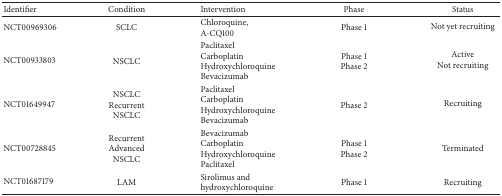
<table><thead><tr><td><b>Identifier</b></td><td><b>Condition</b></td><td><b>Intervention</b></td><td><b>Phase</b></td><td><b>Status</b></td></tr></thead><tbody><tr><td>NCT00969306</td><td>SCLC</td><td>Chloroquine, A-CQ100</td><td>Phase 1</td><td>Not yet recruiting</td></tr><tr><td>NCT00933803</td><td>NSCLC</td><td>Paclitaxel Carboplatin Hydroxychloroquine Bevacizumab</td><td>Phase 1 Phase 2</td><td>Active Not recruiting</td></tr><tr><td>NCT01649947</td><td>NSCLC Recurrent NSCLC</td><td>Paclitaxel Carboplatin Hydroxychloroquine Bevacizumab</td><td>Phase 2</td><td>Recruiting</td></tr><tr><td>NCT00728845</td><td>Recurrent Advanced NSCLC</td><td>Bevacizumab Carboplatin Hydroxychloroquine Paclitaxel</td><td>Phase 1 Phase 2</td><td>Terminated</td></tr><tr><td>NCT01687179</td><td>LAM</td><td>Sirolimus and hydroxychloroquine</td><td>Phase 1</td><td>Recruiting</td></tr></tbody></table>